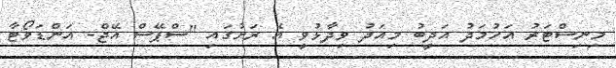
މިނިސްޓަރު އަހުމަދު އަދީބު މިއަދު ވިދާޅުވީ އެ ރަށުގައި "ސްޕޭސް އޭޖް- އަންޑަވޯޓާ